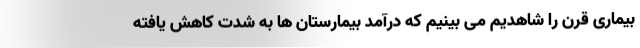
بیماری قرن را شاهدیم می بینیم که درآمد بیمارستان ها به شدت کاهش یافته